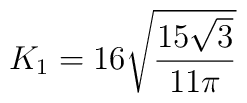
K_{1} = 16 \sqrt{{{15 \sqrt{3}} \over {11 \pi}}}